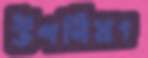
উপনিষৎ